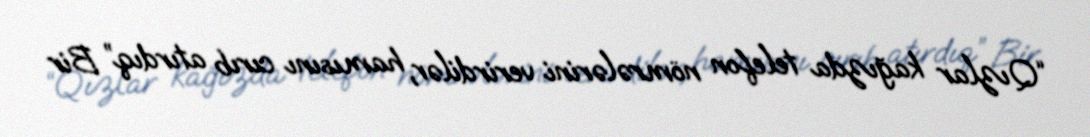
“Qızlar kağızda telefon nömrələrini verirdilər, hamısını cırıb atırdıq” Bir